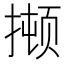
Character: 𫽫